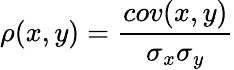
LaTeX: \rho(x,y)=\frac{cov(x,y)}{\sigma_{x}\sigma_{y}}